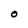
Character: O